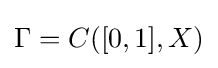
\Gamma =C([0,1],X)